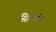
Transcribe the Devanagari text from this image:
सिल्टिंग